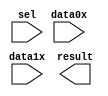
// megafunction wizard: %LPM_MUX%VBB%
// GENERATION: STANDARD
// VERSION: WM1.0
// MODULE: lpm_mux 

// ============================================================
// Megafunction Name(s):
// 			lpm_mux
//
// Simulation Library Files(s):
// 			lpm
// ============================================================
// ************************************************************
// THIS IS A WIZARD-GENERATED FILE. DO NOT EDIT THIS FILE!
//
// 9.0 Build 132 02/25/2009 SJ Web Edition
// ************************************************************

//Copyright (C) 1991-2009 Altera Corporation
//Your use of Altera Corporation's design tools, logic functions 
//and other software and tools, and its AMPP partner logic 
//functions, and any output files from any of the foregoing 
//(including device programming or simulation files), and any 
//associated documentation or information are expressly subject 
//to the terms and conditions of the Altera Program License 
//Subscription Agreement, Altera MegaCore Function License 
//Agreement, or other applicable license agreement, including, 
//without limitation, that your use is for the sole purpose of 
//programming logic devices manufactured by Altera and sold by 
//Altera or its authorized distributors.  Please refer to the 
//applicable agreement for further details.

module mux21_13bit (
	data0x,
	data1x,
	sel,
	result);

	input	[12:0]  data0x;
	input	[12:0]  data1x;
	input	  sel;
	output	[12:0]  result;

endmodule

// ============================================================
// CNX file retrieval info
// ============================================================
// Retrieval info: PRIVATE: INTENDED_DEVICE_FAMILY STRING "Stratix II"
// Retrieval info: PRIVATE: SYNTH_WRAPPER_GEN_POSTFIX STRING "0"
// Retrieval info: CONSTANT: LPM_SIZE NUMERIC "2"
// Retrieval info: CONSTANT: LPM_TYPE STRING "LPM_MUX"
// Retrieval info: CONSTANT: LPM_WIDTH NUMERIC "13"
// Retrieval info: CONSTANT: LPM_WIDTHS NUMERIC "1"
// Retrieval info: USED_PORT: data0x 0 0 13 0 INPUT NODEFVAL data0x[12..0]
// Retrieval info: USED_PORT: data1x 0 0 13 0 INPUT NODEFVAL data1x[12..0]
// Retrieval info: USED_PORT: result 0 0 13 0 OUTPUT NODEFVAL result[12..0]
// Retrieval info: USED_PORT: sel 0 0 0 0 INPUT NODEFVAL sel
// Retrieval info: CONNECT: result 0 0 13 0 @result 0 0 13 0
// Retrieval info: CONNECT: @data 0 0 13 13 data1x 0 0 13 0
// Retrieval info: CONNECT: @data 0 0 13 0 data0x 0 0 13 0
// Retrieval info: CONNECT: @sel 0 0 1 0 sel 0 0 0 0
// Retrieval info: LIBRARY: lpm lpm.lpm_components.all
// Retrieval info: GEN_FILE: TYPE_NORMAL mux21_13bit.v TRUE
// Retrieval info: GEN_FILE: TYPE_NORMAL mux21_13bit.inc TRUE
// Retrieval info: GEN_FILE: TYPE_NORMAL mux21_13bit.cmp FALSE
// Retrieval info: GEN_FILE: TYPE_NORMAL mux21_13bit.bsf TRUE FALSE
// Retrieval info: GEN_FILE: TYPE_NORMAL mux21_13bit_inst.v FALSE
// Retrieval info: GEN_FILE: TYPE_NORMAL mux21_13bit_bb.v TRUE
// Retrieval info: LIB_FILE: lpm